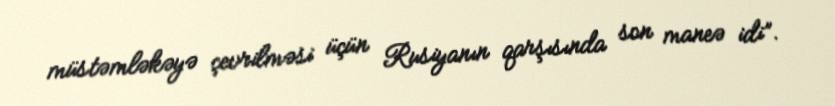
müstəmləkəyə çevrilməsi üçün Rusiyanın qarşısında son maneə idi”.